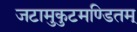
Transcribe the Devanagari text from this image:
जटामुकुटमण्डितम्‌